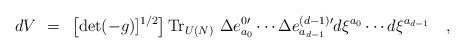
\begin{align*}dV ~=~ \left [ {\rm det} (-g)]^{1/2} \right ] {\rm Tr}_{U(N)} ~ \Delta e^{0 \prime }_{ a_0} \cdots \Delta e^{ (d-1) \prime}_{a_{d-1} } d\xi^{a_0} \cdots d \xi^{a_{d-1}}\quad ,\end{align*}